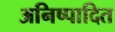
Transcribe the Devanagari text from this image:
अनिष्पादित